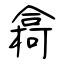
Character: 樖